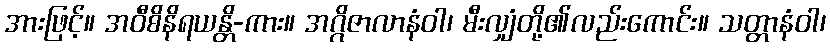
အားဖြင့်။ အဝီစိနိရယန္တိ-ကား။ အဂ္ဂိဇာလာနံဝါ၊ မီးလျှံတို့၏လည်းကောင်း။ သတ္တာနံဝါ၊